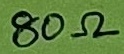
Text: 80Ω